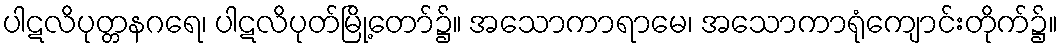
ပါဋလိပုတ္တနဂရေ၊ ပါဋလိပုတ်မြို့တော်၌။ အသောကာရာမေ၊ အသောကာရုံကျောင်းတိုက်၌။